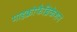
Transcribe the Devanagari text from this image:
माइक्रोफैब्रिकेशन